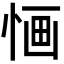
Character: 𢛯